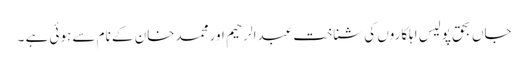
جاں بحق پولیس اہلکاروں کی شناخت عبدالرحیم اور محمدخان کے نام سے ہوئی ہے ۔